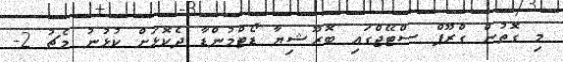
މި ގޮތުން ގްރޫޕް ސްޓޭޖްގައި ބޮރޫޝިޔާ ޑޯޓްމުންޑާ ދެކޮޅަށް ކުޅުނު މެޗު 2-